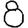
Digit: 8